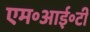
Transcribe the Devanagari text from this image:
एम॰आई॰टी